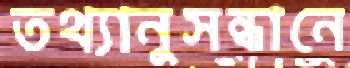
তথ্যানুসন্ধানে